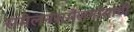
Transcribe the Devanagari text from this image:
संमेलनसंमेलनासाठी